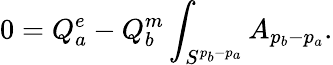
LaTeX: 0=Q_{a}^{e}-Q_{b}^{m}\int_{S^{p_{b}-p_{a}}}A_{p_{b}-p_{a}}.